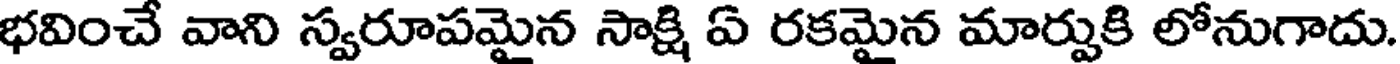
భవించే వాని స్వరూపమైన సాక్షి ఏ రకమైన మార్పుకి లోనుగాదు.